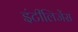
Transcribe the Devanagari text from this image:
इंटीलिजेंस